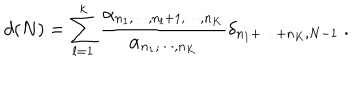
d ( N ) = \sum _ { l = 1 } ^ { k } \frac { \alpha _ { n _ { 1 } , \cdots , n _ { l } + 1 , \cdots , n _ { K } } } { \alpha _ { n _ { 1 } , \cdots , n _ { K } } } \delta _ { n _ { 1 } + \cdots + n _ { K } , N - 1 } \ .